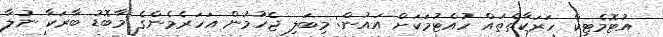
އުޓޮމެޓިކް ހަރަކާތްތައް ހުއްޓުމަކަށް އައުން: މިބަލި ޖެހުމުން އަހަރެމެންގެ މާބޮޑު ބާރަކާ ނުލާ